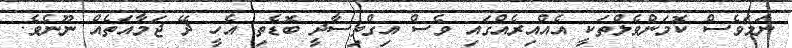
ނަމަވެސް ކޮމަންވެލްތަކީ އެއްއިރެއްގައި ވެސް އިގްތިސާދީ ބޮޑެތި އެހީ ދޭ ޖަމާއަތެއް ނޫނެވެ.